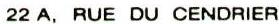
22 A, RUE DU CENDRIER